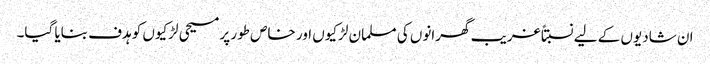
ان شادیوں کے لیے نسبتاً غریب گھرانوں کی مسلمان لڑکیوں اور خاص طور پر مسیحی لڑکیوں کو ہدف بنایا گیا۔